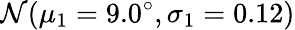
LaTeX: \mathcal{N}(\mu_{1}=9.0^{\circ},\sigma_{1}=0.12)